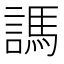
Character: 𧪨